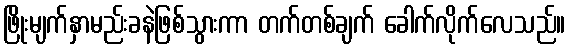
ဖြိုးမျက်နှာမည်းခနဲဖြစ်သွားကာ တက်တစ်ချက် ခေါက်လိုက်လေသည်။